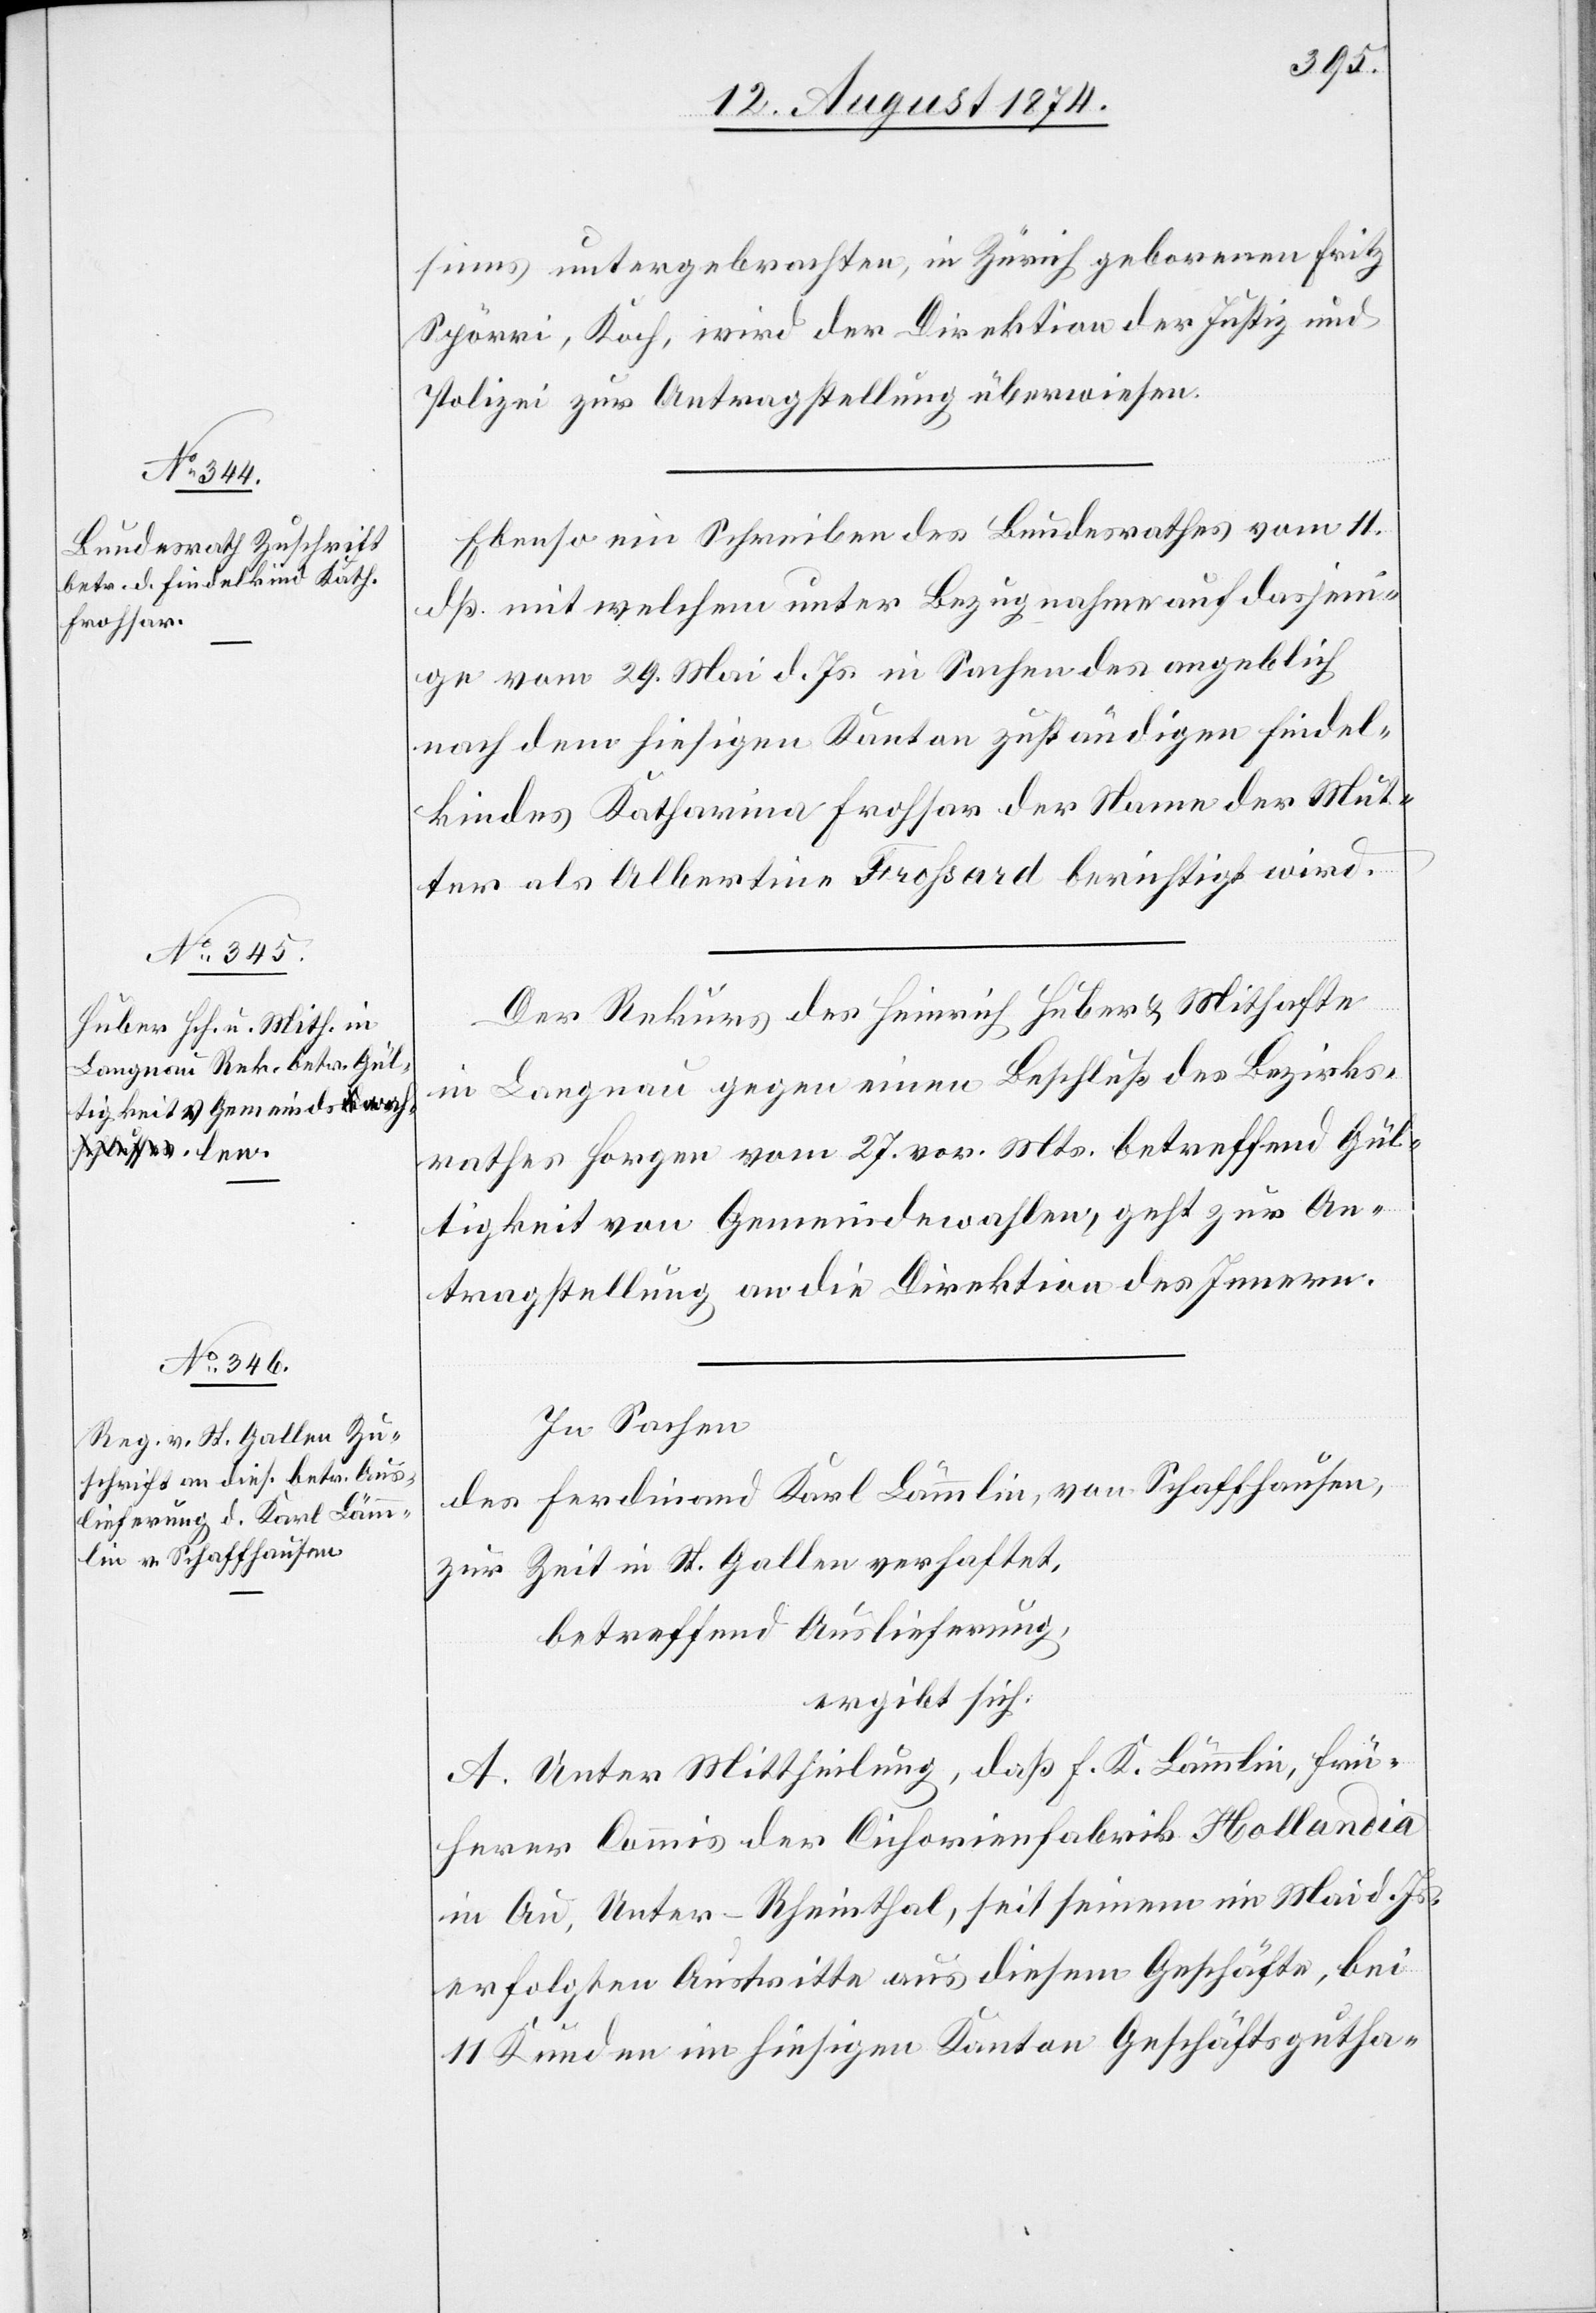
13. August 1874.]
seins untergebrachten, in Zürich geborenen Fritz
Spörri, Koch, wird der Direktion der Justiz und
Polizei zur Antragstellung überwiesen.
Ebenso ein Schreiben des Bundesrathes vom 11.
dß. mit welchem unter Bezugnahme auf dasjeni¬
ge vom 29. Mai d. Js. in Sachen des angeblich
nach dem hiesigen Kanton zuständigen Findel¬
kindes Katharina Frohsar der Name der Mut¬
ter als Albertina Frossard berichtigt wird.
Der Rekurs des Heinrich Huber u. Mithafte
in Langnau gegen einen Beschluß des Bezirks¬
rathes Horgen vom 27. vor. Mts. betreffend Gül¬
tigkeit von Gemeindewahlen, geht zur An¬
tragstellung an die Direktion des Innern.
In Sachen
des Ferdinand Karl Lämmlin, von Schaffhausen,
zur Zeit in St. Gallen verhaftet,
betreffend Auslieferung,
ergibt sich:
A. Unter Mittheilung, daß F. K. Lämmlin, frü¬
herer Commis der Cichorienfabrik Hollandia
in Au, Unter-Rheinthal, seit seinem im Mai d. Js.
erfolgten Austritte aus diesem Geschäfte, bei
11 Kunden im hiesigen Kanton Geschäftsgutha-